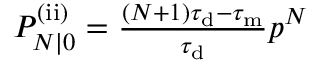
\begin{array} { r } { P _ { N | 0 } ^ { \mathrm { ( i i ) } } = \frac { ( N + 1 ) \tau _ { \mathrm { d } } - \tau _ { \mathrm { m } } } { \tau _ { \mathrm { d } } } p ^ { N } } \end{array}